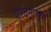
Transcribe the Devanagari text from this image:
गैरवर्तणूक